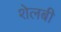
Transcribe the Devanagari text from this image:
शेलबी